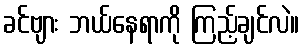
ခင်ဗျား ဘယ်နေရာကို ကြည့်ချင်လဲ။